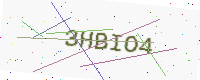
Text: 3HBIO4